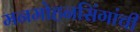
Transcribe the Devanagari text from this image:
मनमोहनसिंगांची